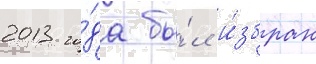
2013 го́да бы́л и́збран